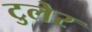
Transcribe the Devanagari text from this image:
टुलेर